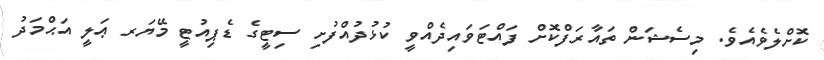
ކޮށްލެވެއެވެ. މިސެޝަން ތައާރަފްކޮށް ފައްޓަވައިދެއްވީ ކުޅުދުއްފުށި ސިޓީގެ ޑެޕިއުޓީ މޭޔަރ ޢަލީ އަޙްމަދު